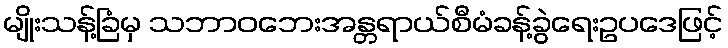
မျိုးသန့်ခြံမှ သဘာဝဘေးအန္တရာယ်စီမံခန့်ခွဲရေးဥပဒေဖြင့်